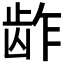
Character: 𱌬